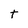
Character: t